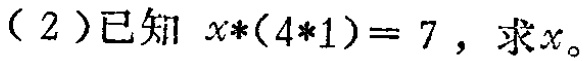
（2）已知 \(x*(4*1)=7\)，求\(x\)。